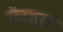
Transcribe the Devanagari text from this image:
नैटवार